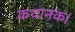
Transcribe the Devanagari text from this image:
कथानक।